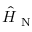
\Hat { H } _ { \mathrm { ~ N ~ } }